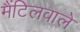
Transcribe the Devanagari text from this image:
मैंटिलवाले